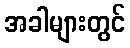
အခါများတွင်